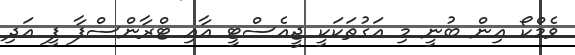
ވެމްކޯ އިން ބުނީ މި އަގުތަކަކީ ޖީއެސްޓީ އާއި ޓްރާންސްފާ ފީ އަދި